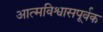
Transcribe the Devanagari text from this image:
आत्मविश्वासपूर्वक